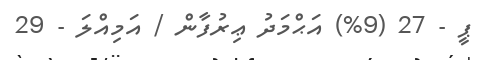
ޕީ - 27 (9%) އަޙްމަދު ޢިރުފާން / އަމިއްލަ - 29